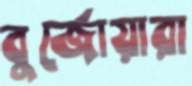
বুর্জোয়ারা